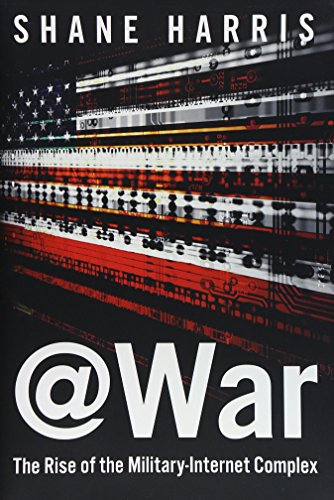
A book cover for @War: The Rise of the Military-Internet Complex; Shane Harris; Computers & Technology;